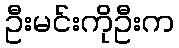
ဦးမင်းကိုဦးက